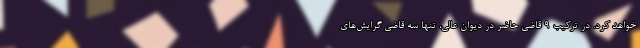
خواهد کرد. در ترکیب ۹ قاضی حاضر در دیوان عالی، تنها سه قاضی گرایش‌های